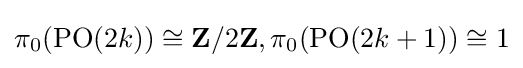
\pi _{0}(\operatorname {PO} (2k))\cong \mathbf {Z} /2\mathbf {Z} ,\pi _{0}(\operatorname {PO} (2k+1))\cong 1